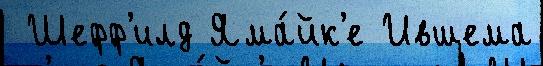
 Шефф'илд Яма́йк'е Ившема